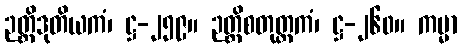
ဉတ္တိဒုတိယကံ၊ ဋ္ဌ-၂၅၉။ ဉတ္တိစတုတ္ထကံ၊ ဋ္ဌ-၂၆၀။ ကမ္မာ